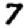
Digit: 7